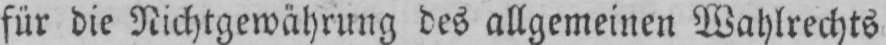
für die Nichtgewährung des allgemeinen Wahlrechts